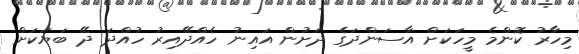
މިހާރު ކޮންމެ މީހަކަށް އާސަންދަގެ ދަށުން އައިނު ހެއްދޭއިރު ހުއްދަ ދޭ ބަޔަކަށް